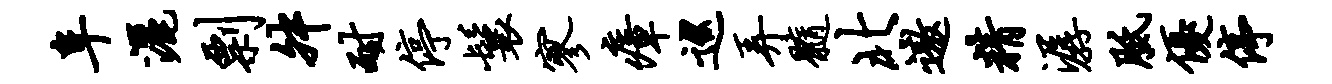
阜洒剽舛耐停鬟寥瘴巡弄髓北遨精潺胝优停